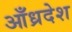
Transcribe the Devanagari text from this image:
आँध्रदेश